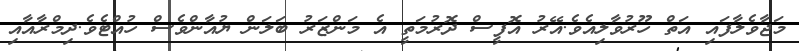
މަޖާވެލާފައި އަތް ހޫރުވާލިއެވެ.އޭރު އޮފީސް ދޮރުމަތީ އެ މަންޒަރު ބަލަން ޔުއާންވެސް ހުއްޓެވެ.ދިމްރާއާއި